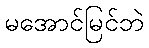
မအောင်မြင်ဘဲ